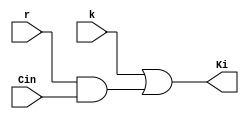
module Kfinal(Ki, k ,r, Cin);
output Ki;
input k, r, Cin;
wire w;

and a1(w, r, Cin);
or o1(Ki, k, w);
endmodule